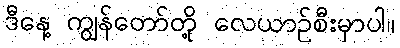
ဒီနေ့ ကျွန်တော်တို့ လေယာဉ်စီးမှာပါ။